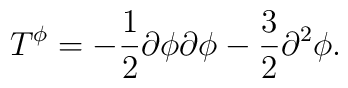
T^{\phi}=-\frac{1}{2}\partial \phi \partial \phi-\frac{3}{2}\partial ^{2}\phi.